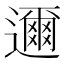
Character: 邇